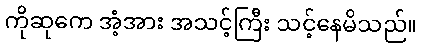
ကိုဆုကေ အံ့အား အသင့်ကြီး သင့်နေမိသည်။